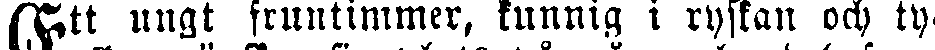
Ett ungt fruntimmer, kunnig i ryskan och ty-